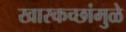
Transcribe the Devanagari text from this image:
खारकच्छांमुळे